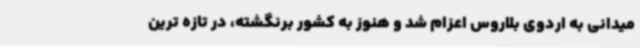
میدانی به اردوی بلاروس اعزام شد و هنوز به کشور برنگشته، در تازه ترین